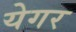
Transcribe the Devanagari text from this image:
येगर